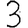
Digit: 3